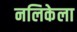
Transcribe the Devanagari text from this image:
नलिकेला